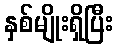
နှစ်မျိုးရှိပြီး